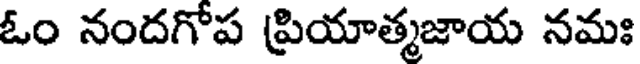
ఓం నందగోప ప్రియాత్మజాయ నమః